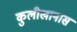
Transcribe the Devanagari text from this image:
कुलीखानास